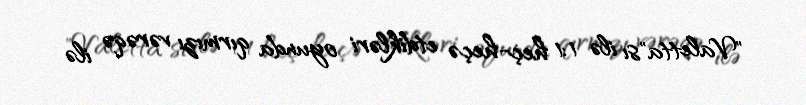
"Valetta"sı ilə 1:1 heç-heçə etdikləri oyunda qırmızı vərəqə ilə